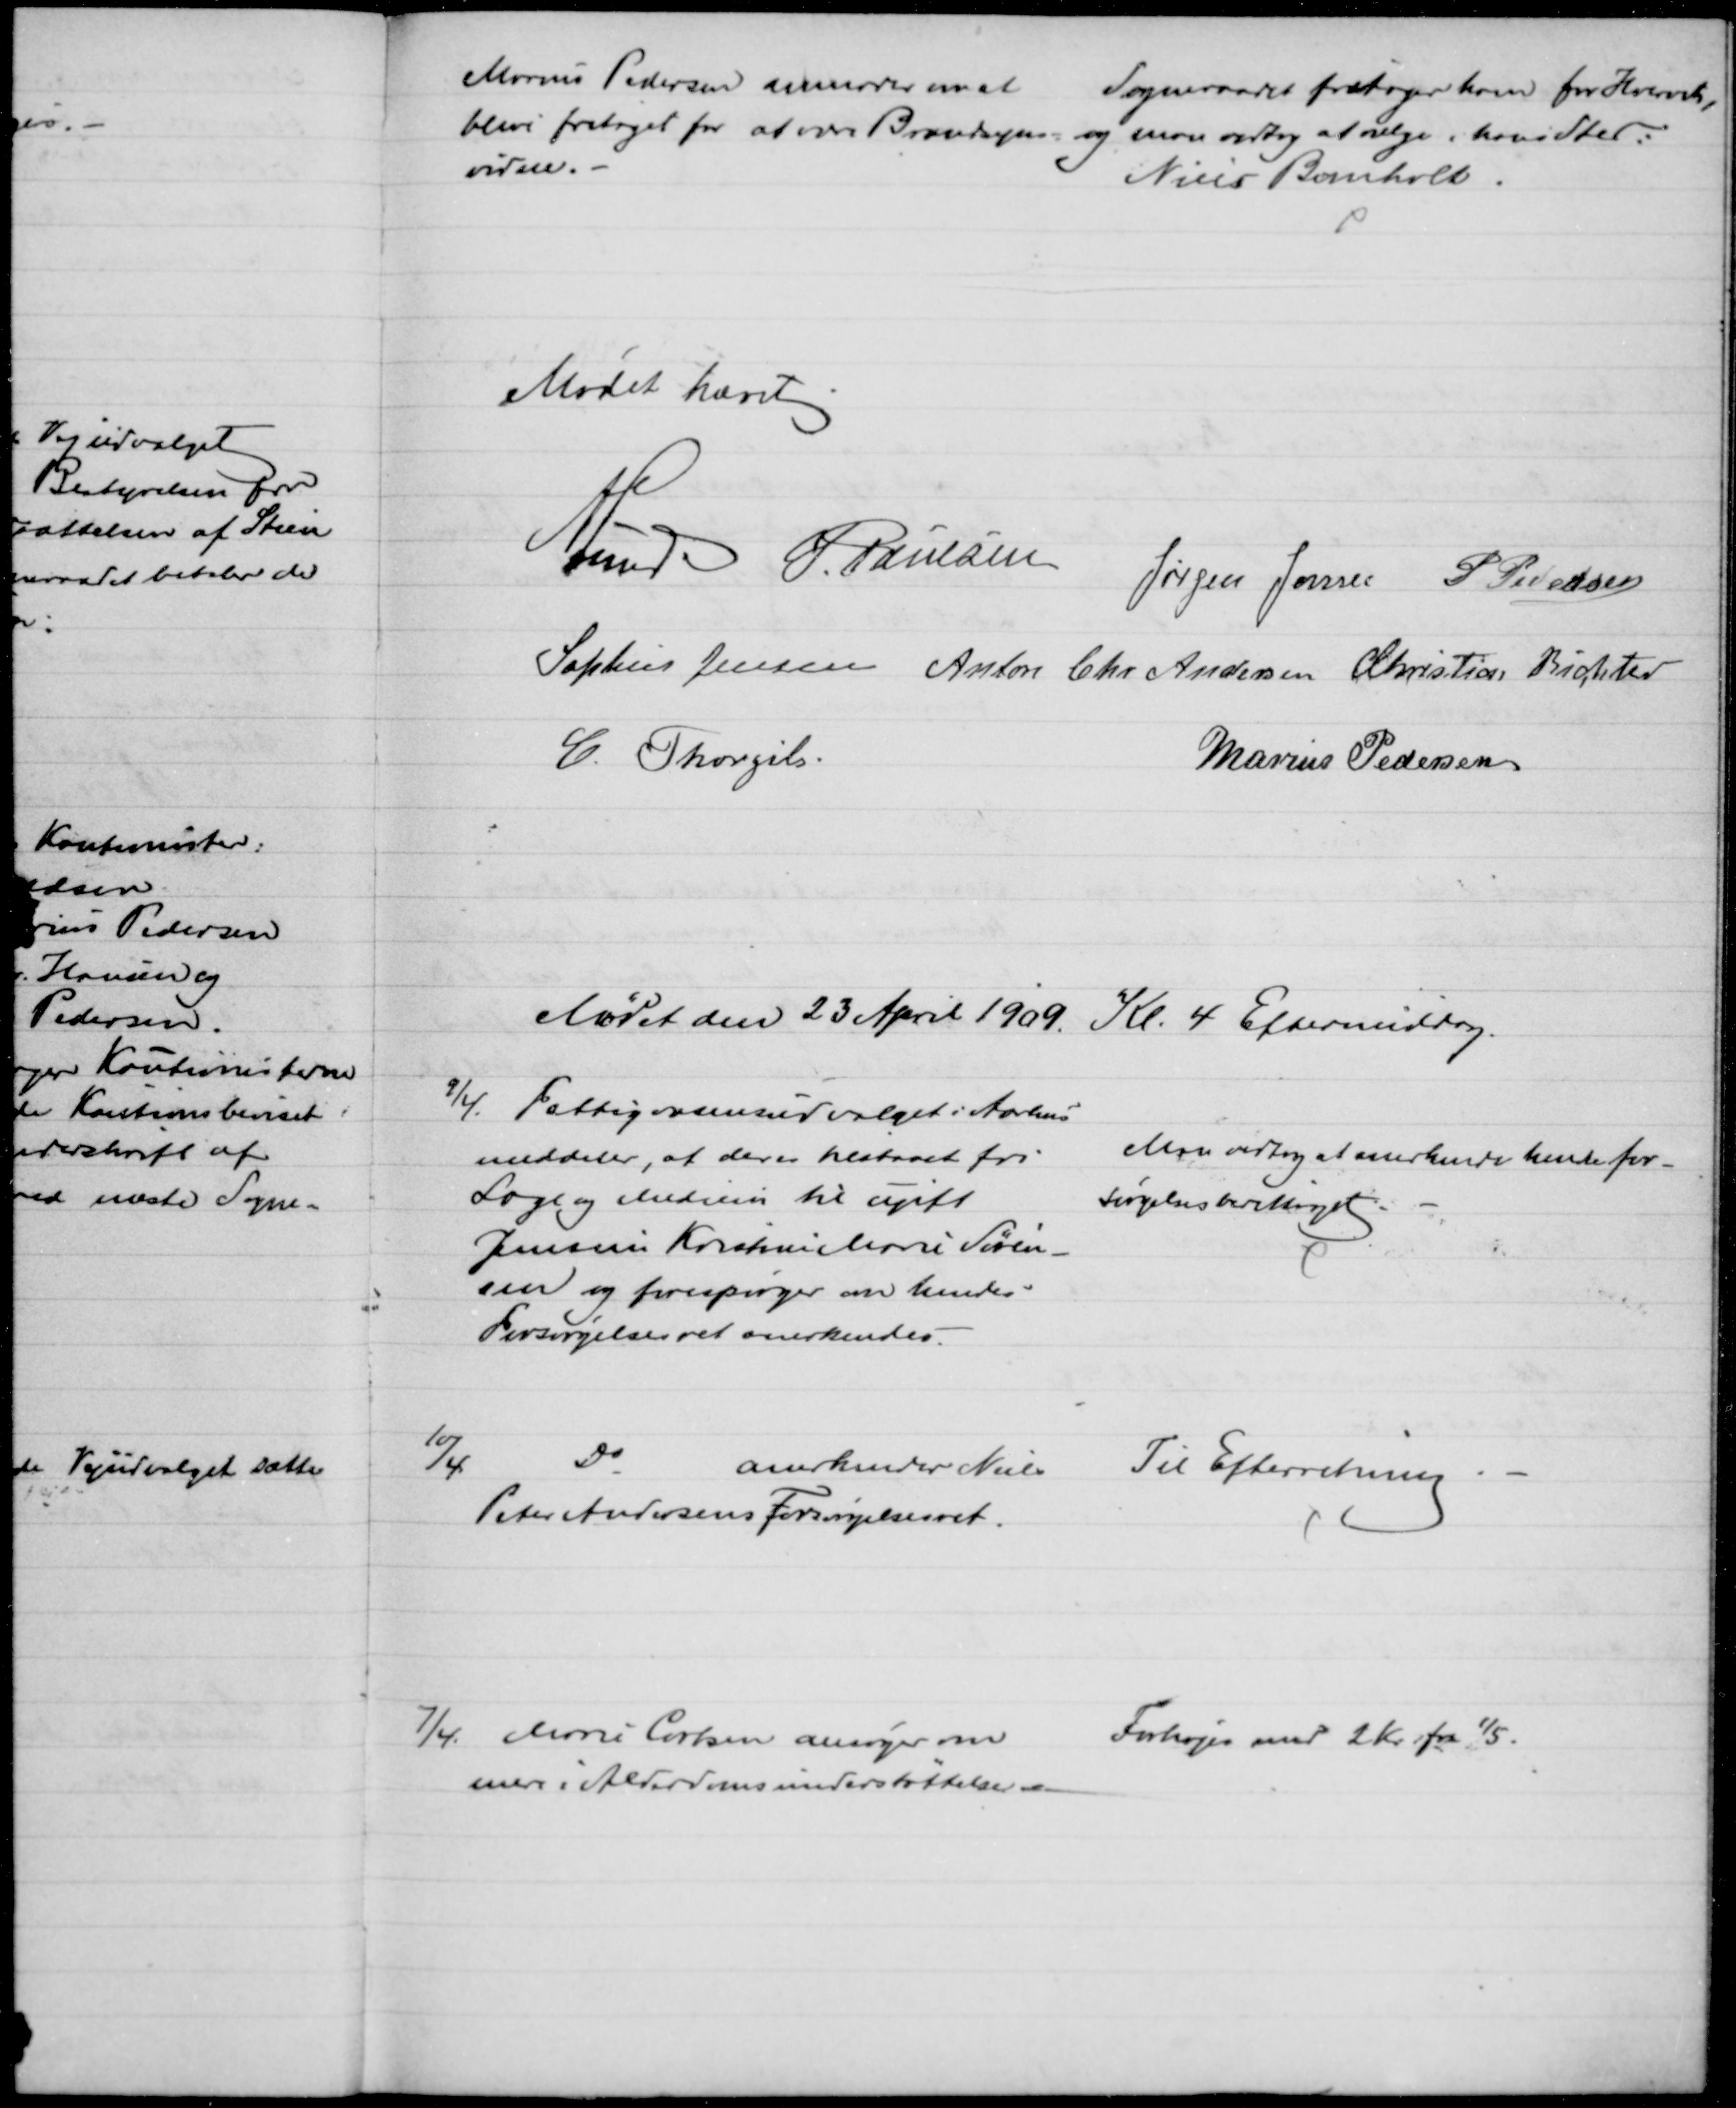
Transskription:
Marius Pedersen anmoder om at 
blive fritaget for at være Brandsyns=
vidne.
Sogneraadet fritager ham for Hvervet,
og man vedtog at vælge i hans Sted:
Niels Bomholt.
Mødet hævet
A. Lund
J. Poulsen
Jørgen Jensen P Pedersen
Sophus Jensen Anton Chr Andersen Christian Richter
C. Thorgils
Marius Pedersen
Mødet den 23 April 1909. Kl. 4 Eftermiddag.
9/4. Fattigvæsensudvalget i Aarhus
meddeler, at der er tilstaaet fri
Læge og Medicin til ugift
Jensine Kristine Marie Søren-
sen og forespørger om hendes
Forsørgelsesret anerkendes.
Man vedtog at anerkende hende for-
sørgelsesberettiget
10/4
Do
anerkender Niels
Peter Andersens Forsørgelsesret.
Til Efterretning
7/4. Marie Carlsen ansøger om
mere i Alderdomsunderstøttelse
Forhøjes med 2 Kr fra 1/5.